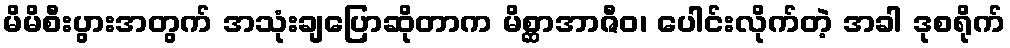
မိမိစီးပွားအတွက် အသုံးချပြောဆိုတာက မိစ္ဆာအာဇီဝ၊ ပေါင်းလိုက်တဲ့ အခါ ဒုစရိုက်